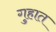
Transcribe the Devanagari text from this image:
गुहात